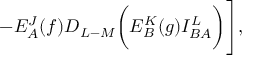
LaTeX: - E _ { A } ^ { J } ( f ) D _ { L - M } \biggl ( E _ { B } ^ { K } ( g ) I _ { B A } ^ { L } \biggr ) \Biggr ] ,